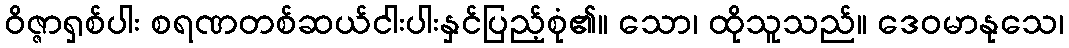
ဝိဇ္ဇာရှစ်ပါး စရဏတစ်ဆယ်ငါးပါးနှင်ပြည့်စုံ၏။ သော၊ ထိုသူသည်။ ဒေဝမာနုသေ၊